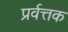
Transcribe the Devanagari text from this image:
प्रर्वत्तक